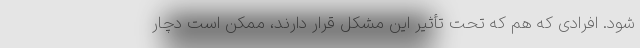
شود. افرادی که هم که تحت تأثیر این مشکل قرار دارند، ممکن است دچار